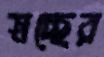
স্বচ্ছের